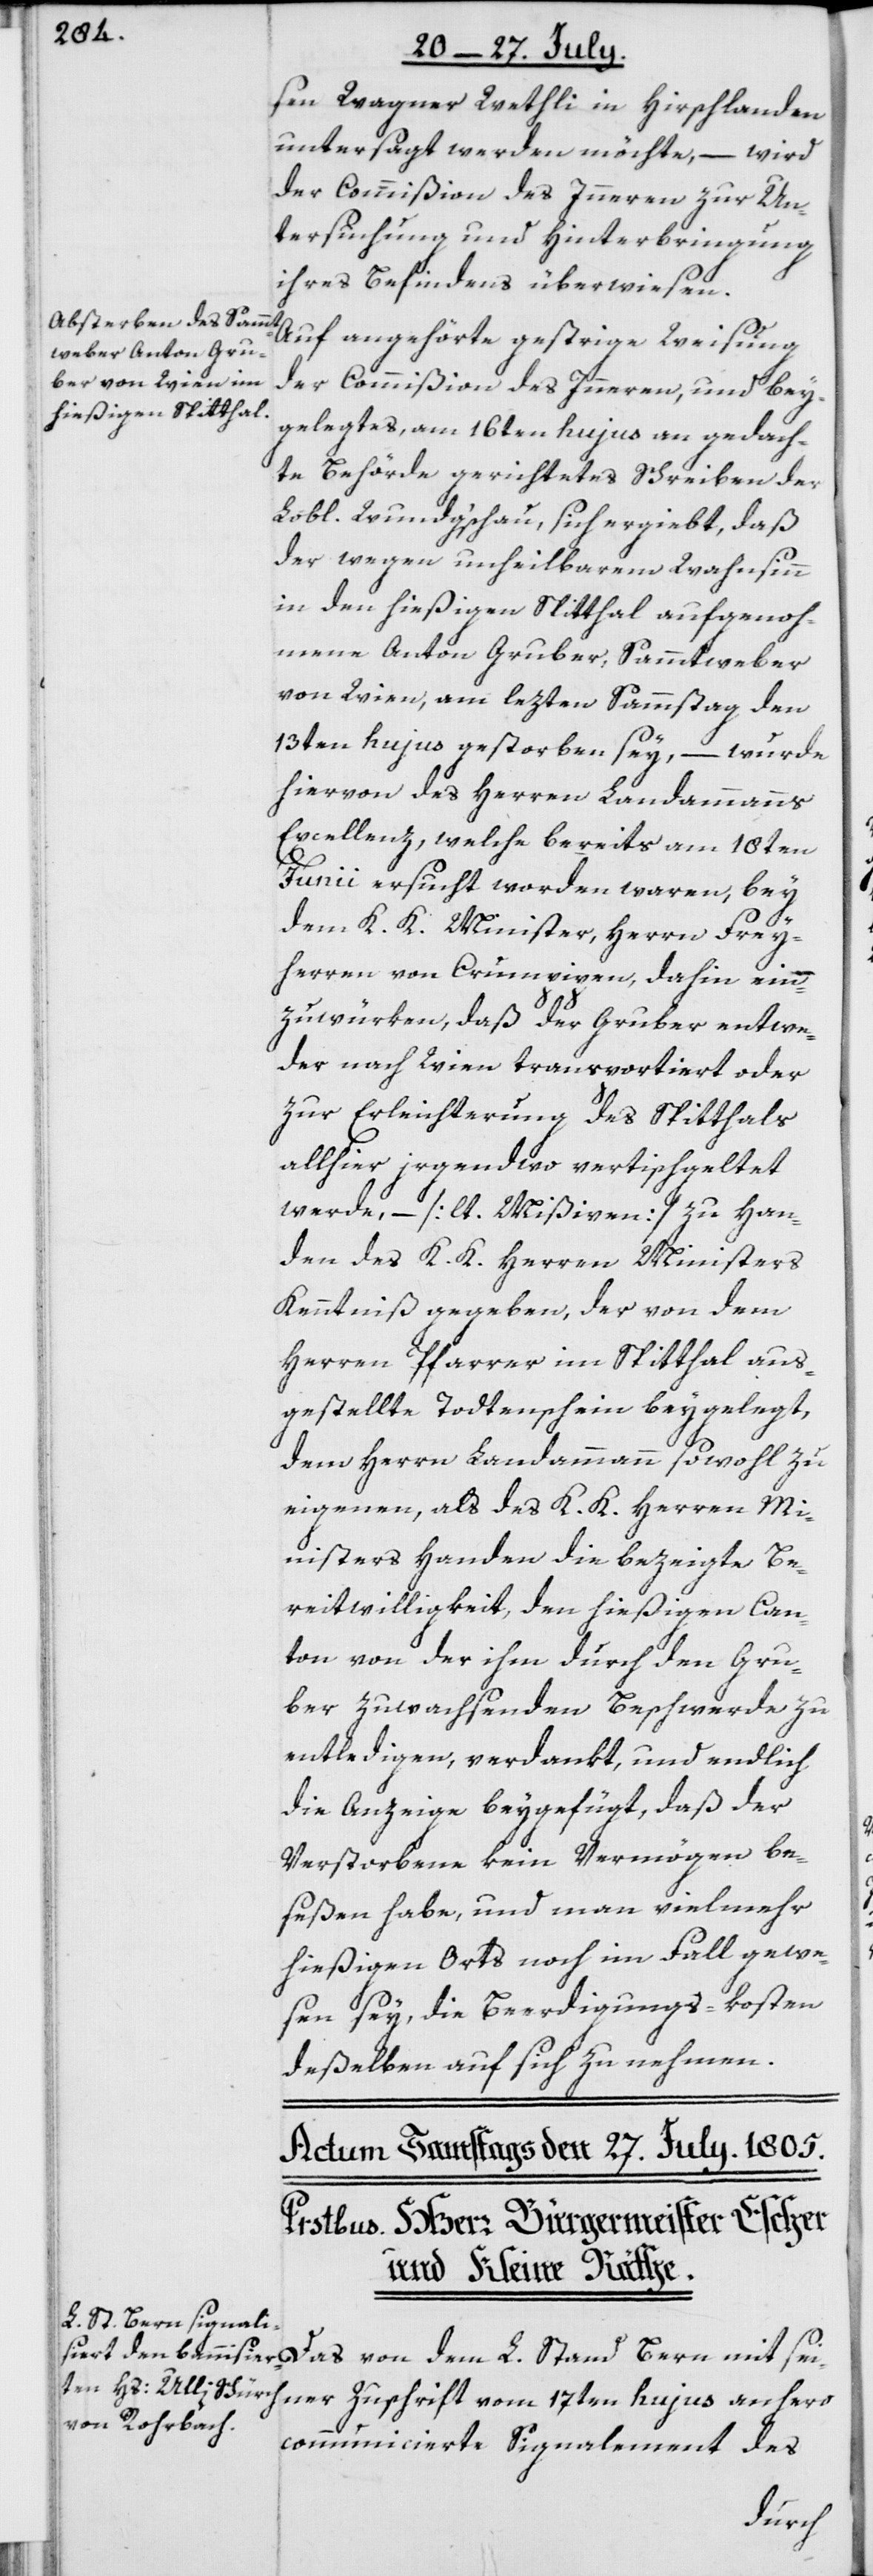
sen Wagner Wethli in Hirschlanden
untersagt werden möchte, – wird
der Commißion des Inneren zur Un¬
tersuchung und Hinterbringung
ihres Befindens überwiesen.
Auf angehörte gestrige Weisung
der Commißion des Inneren, und bey¬
gelegtes, am 16ten hujus an gedach¬
te Behörde gerichtetes Schreiben der
Lobl. Wundg‘schau, sich ergiebt, daß
der wegen unheilbarem Wahnsinn
in den hießigen Spitthal aufgenoh¬
mene Anton Gruber, Sammtweber
von Wien, am lezten Sammstag den
13ten hujus gestorben sey, – wurde
hiervon des Herren Landammanns
Excellenz, welche bereits am 18ten
L.
Junii ersucht worden waren, bey
dem K. K. Minister, Herrn Frey¬
herren von Crumpipen, dahin ein¬
zuwürken, daß der Gruber entwe¬
der nach Wien transportiert oder
zur Erleichterung des Spitthals
allhier irgendwo vertischgeltet
werde, – [lt. Mißiven] zu Han¬
den des K. K. Herren Ministers
Kenntniß gegeben, der von dem
Herren Pfarrer im Spitthal aus¬
gestellte Todtenschein beygelegt,
dem Herrn Landammann sowohl zu
eigenen, als des K. K. Herren Mi¬
nisters Handen die bezeigte Be¬
reitwilligkeit, den hießigen Can¬
ton von der ihm durch den Gru¬
ber zuwachsenden Beschwerde zu
entledigen, verdankt, und endlich
die Anzeige beyfügt, daß der
Verstorbene kein Vermögen be¬
seßen habe, und man vielmehr
hießigen Orts noch im Fall gewe¬
sen sey, die Beerdigungs-kosten
deßelben auf sich zu nehmen.
Stand Bern mit seiner Zuschrift vom 17ten hujus anhero
communicierte Signalement des